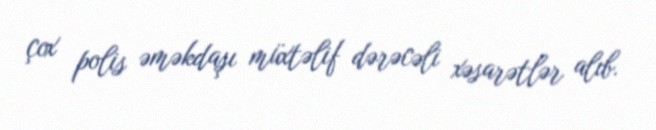
çox polis əməkdaşı müxtəlif dərəcəli xəsarətlər alıb.